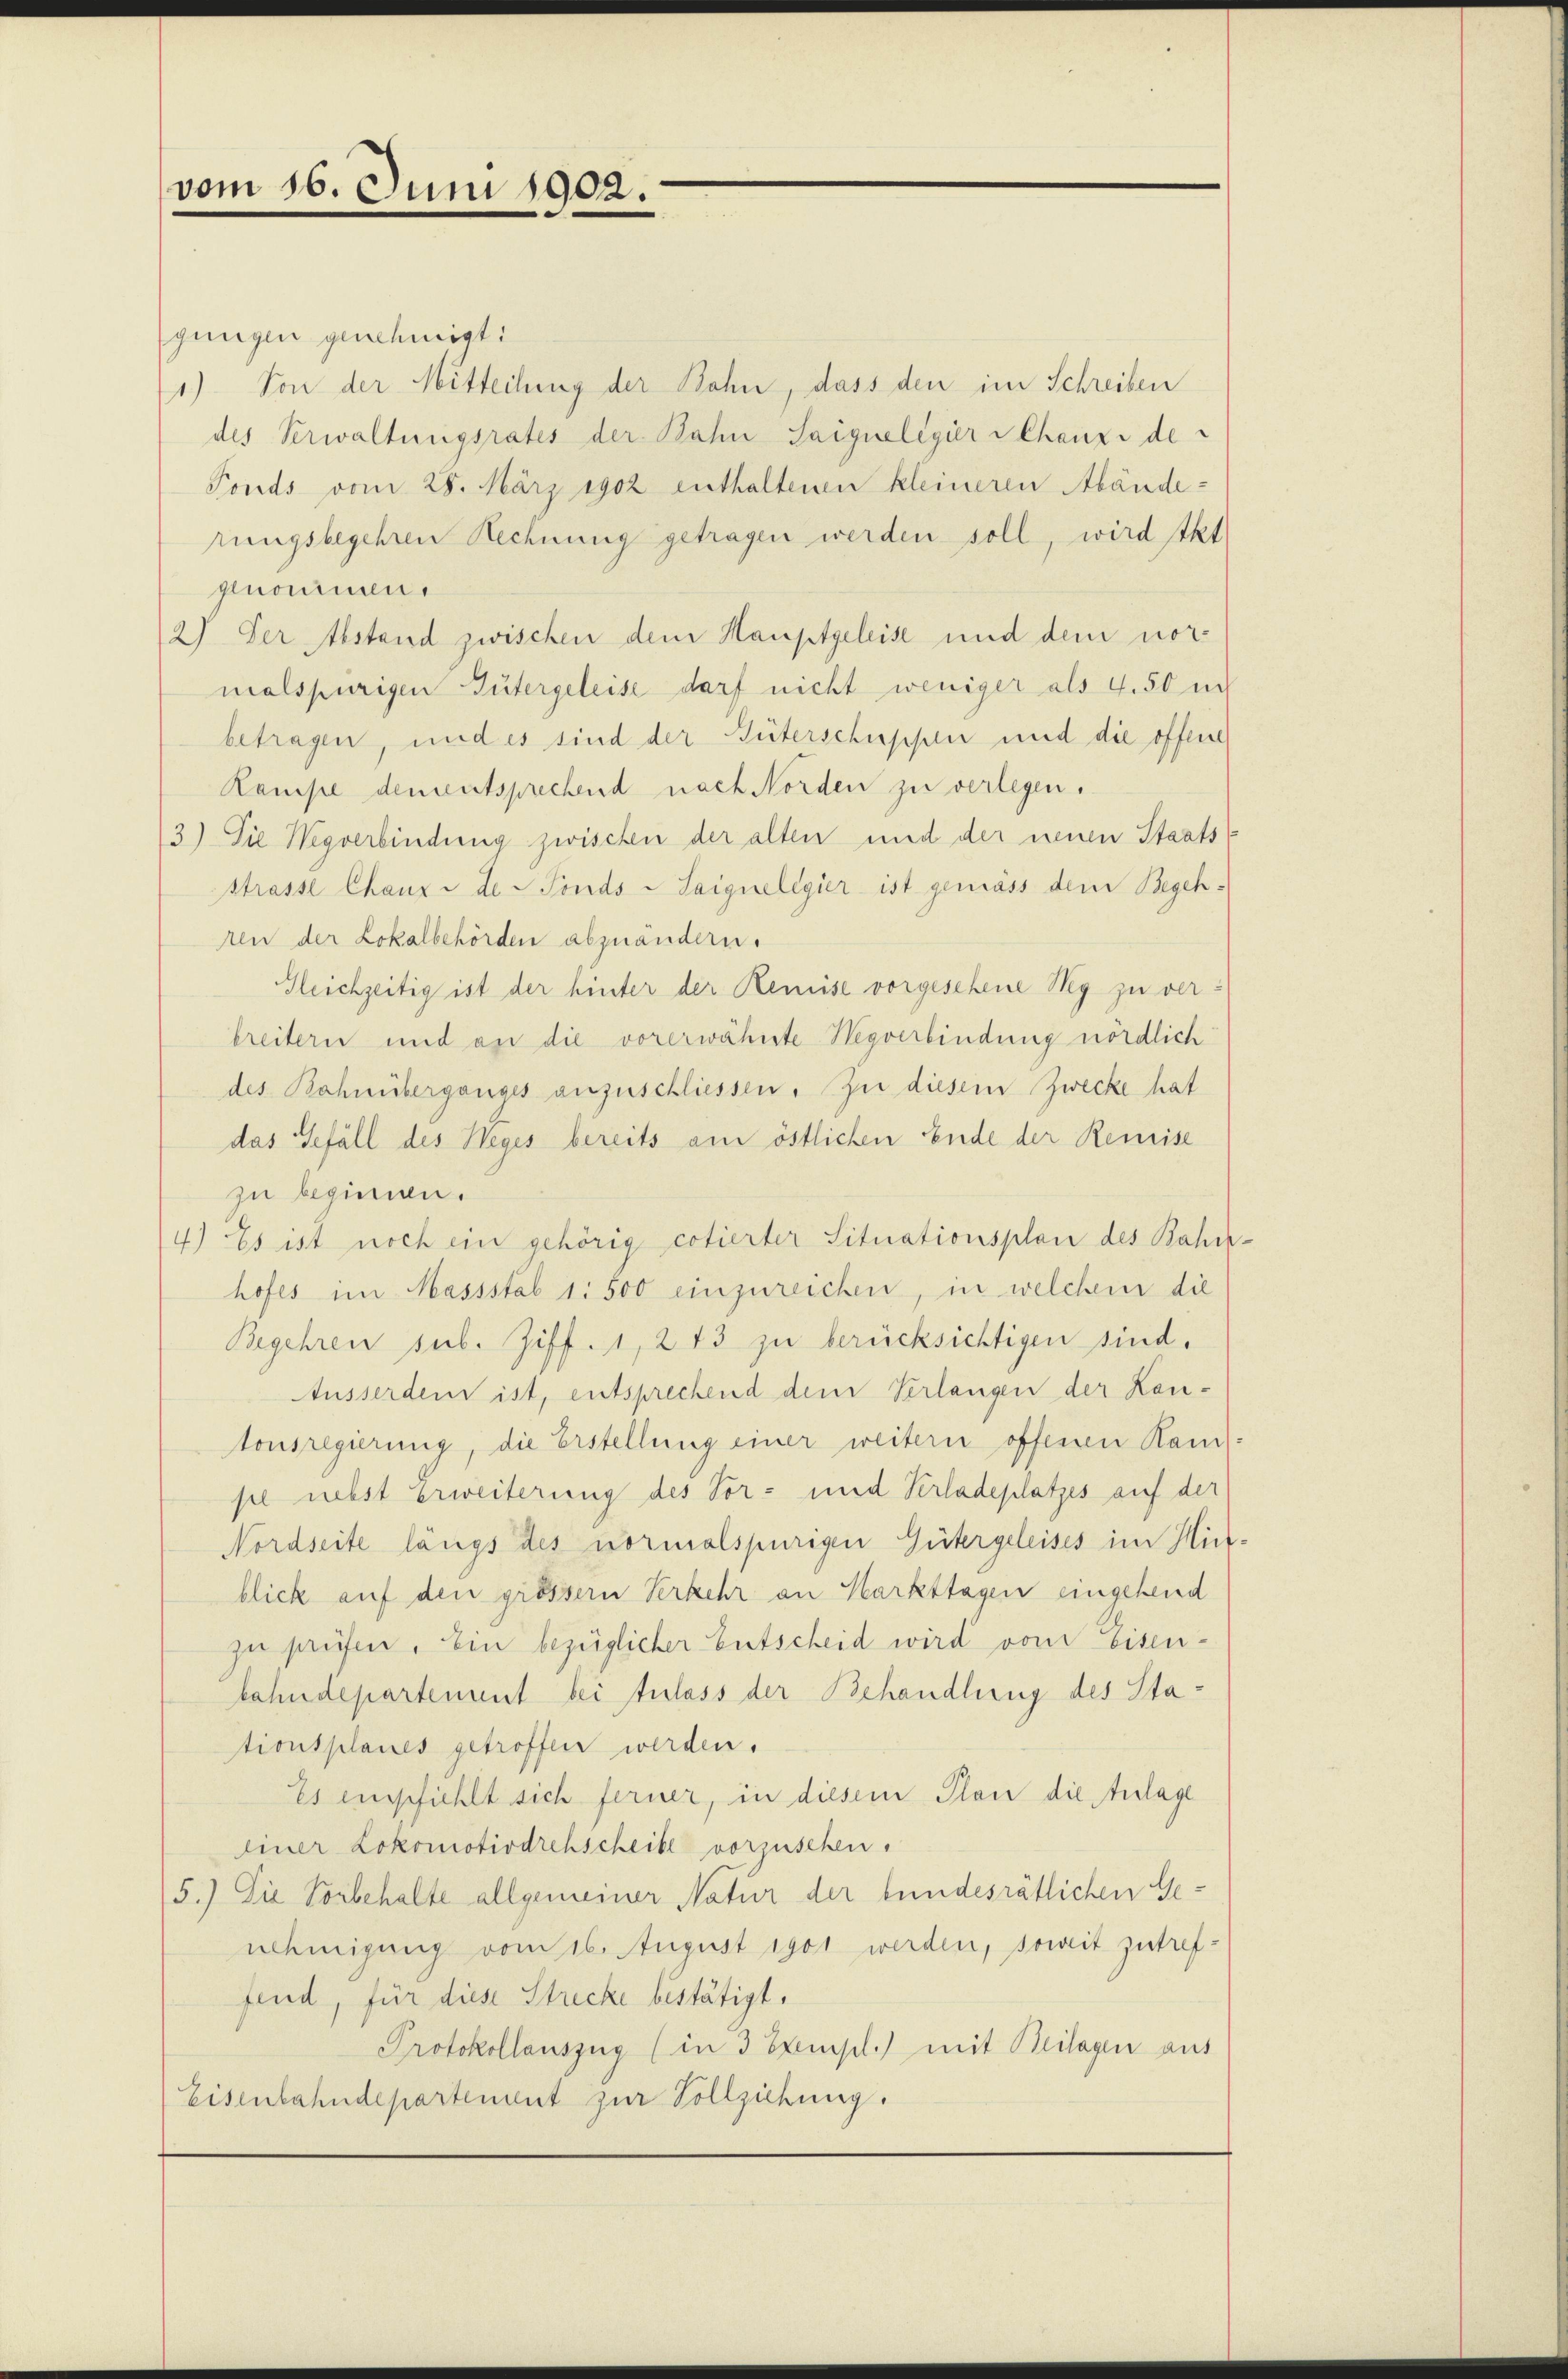
vom 16. Juni 1902.

gungen genehmigt:
1) Von der Mitteilung der Bohn, dass den im Schreiben
des Verwaltungsrates der Bahn Saignelegier Chanze de
Fonds vom 28. März 1902 enthaltenen kleineren Abänderungsbegehren Rechnung getragen werden soll, wird tkt
genommen.
2) Der Abstand zwischen dem Hauptgeleise und dem normalspurigen Gütergeleise darf nicht weniger als 4.50 un
betragen, und es sind der Güterschuppen und die offene
Kampe dementsprechend nach Norden zu verlegen.
3.) Die Wegverbindung zwischen der alten und der neuen Staats
strasse Chanze de Fonds -Saignelegier ist gemäss dem Begehren der Lokalbehörden abzuändern.
Gleichzeitig ist der hinter der Remise vorgesehene Weg zu verbreitern und an die vorerwähnte Wegverbindung nördlich
des Bahnüberganges anzuschliessen. Zu diesem Zwecke hat
das Gefäll des Weges bereits am östlichen Ende der Remise
zu beginnen.
4.) Es ist noch ein gehörig cotierter Situationsplan des Bahn.
hofes im Massstab 1: 500 einzureichen, in welchem die
Begehren sub. Ziff. 1, 213 zu berücksichtigen sind.
Ausserden ist, entsprechend dem Verlangen der Kantonsregierung, die Erstellung einer weitern offenen Ramse nebst Erweiterung des Vor- und Verladeplatzes auf der
Nordseite längs des normalspurigen Gütergeleises im Hin-
blick auf den grössern Verkehr an Harkttagen eingehend
zu prüfen. Ein bezüglicher Entscheid wird vom Eisen-
bahndepartement bei Anlass der Behandlung des Stationsplanes getroffen werden.
Es empfiehlt sich ferner, in diesem Plan die Anlage
einer Lokomotivdrehscheibe vorzusehen.
5.) Die Vorbehalte allgemeiner Natur der bundesrätlichen Genehmigung vom 16. August 1901 werden, soweit zutreffend, für diese Strecke bestätigt.
Protokollauszug (in 3 Exempl.) mit Beilagen aus
Eisenbahndepartement zur Vollziehung.